V__Kingissepa_nim__kolhoos, lk 33
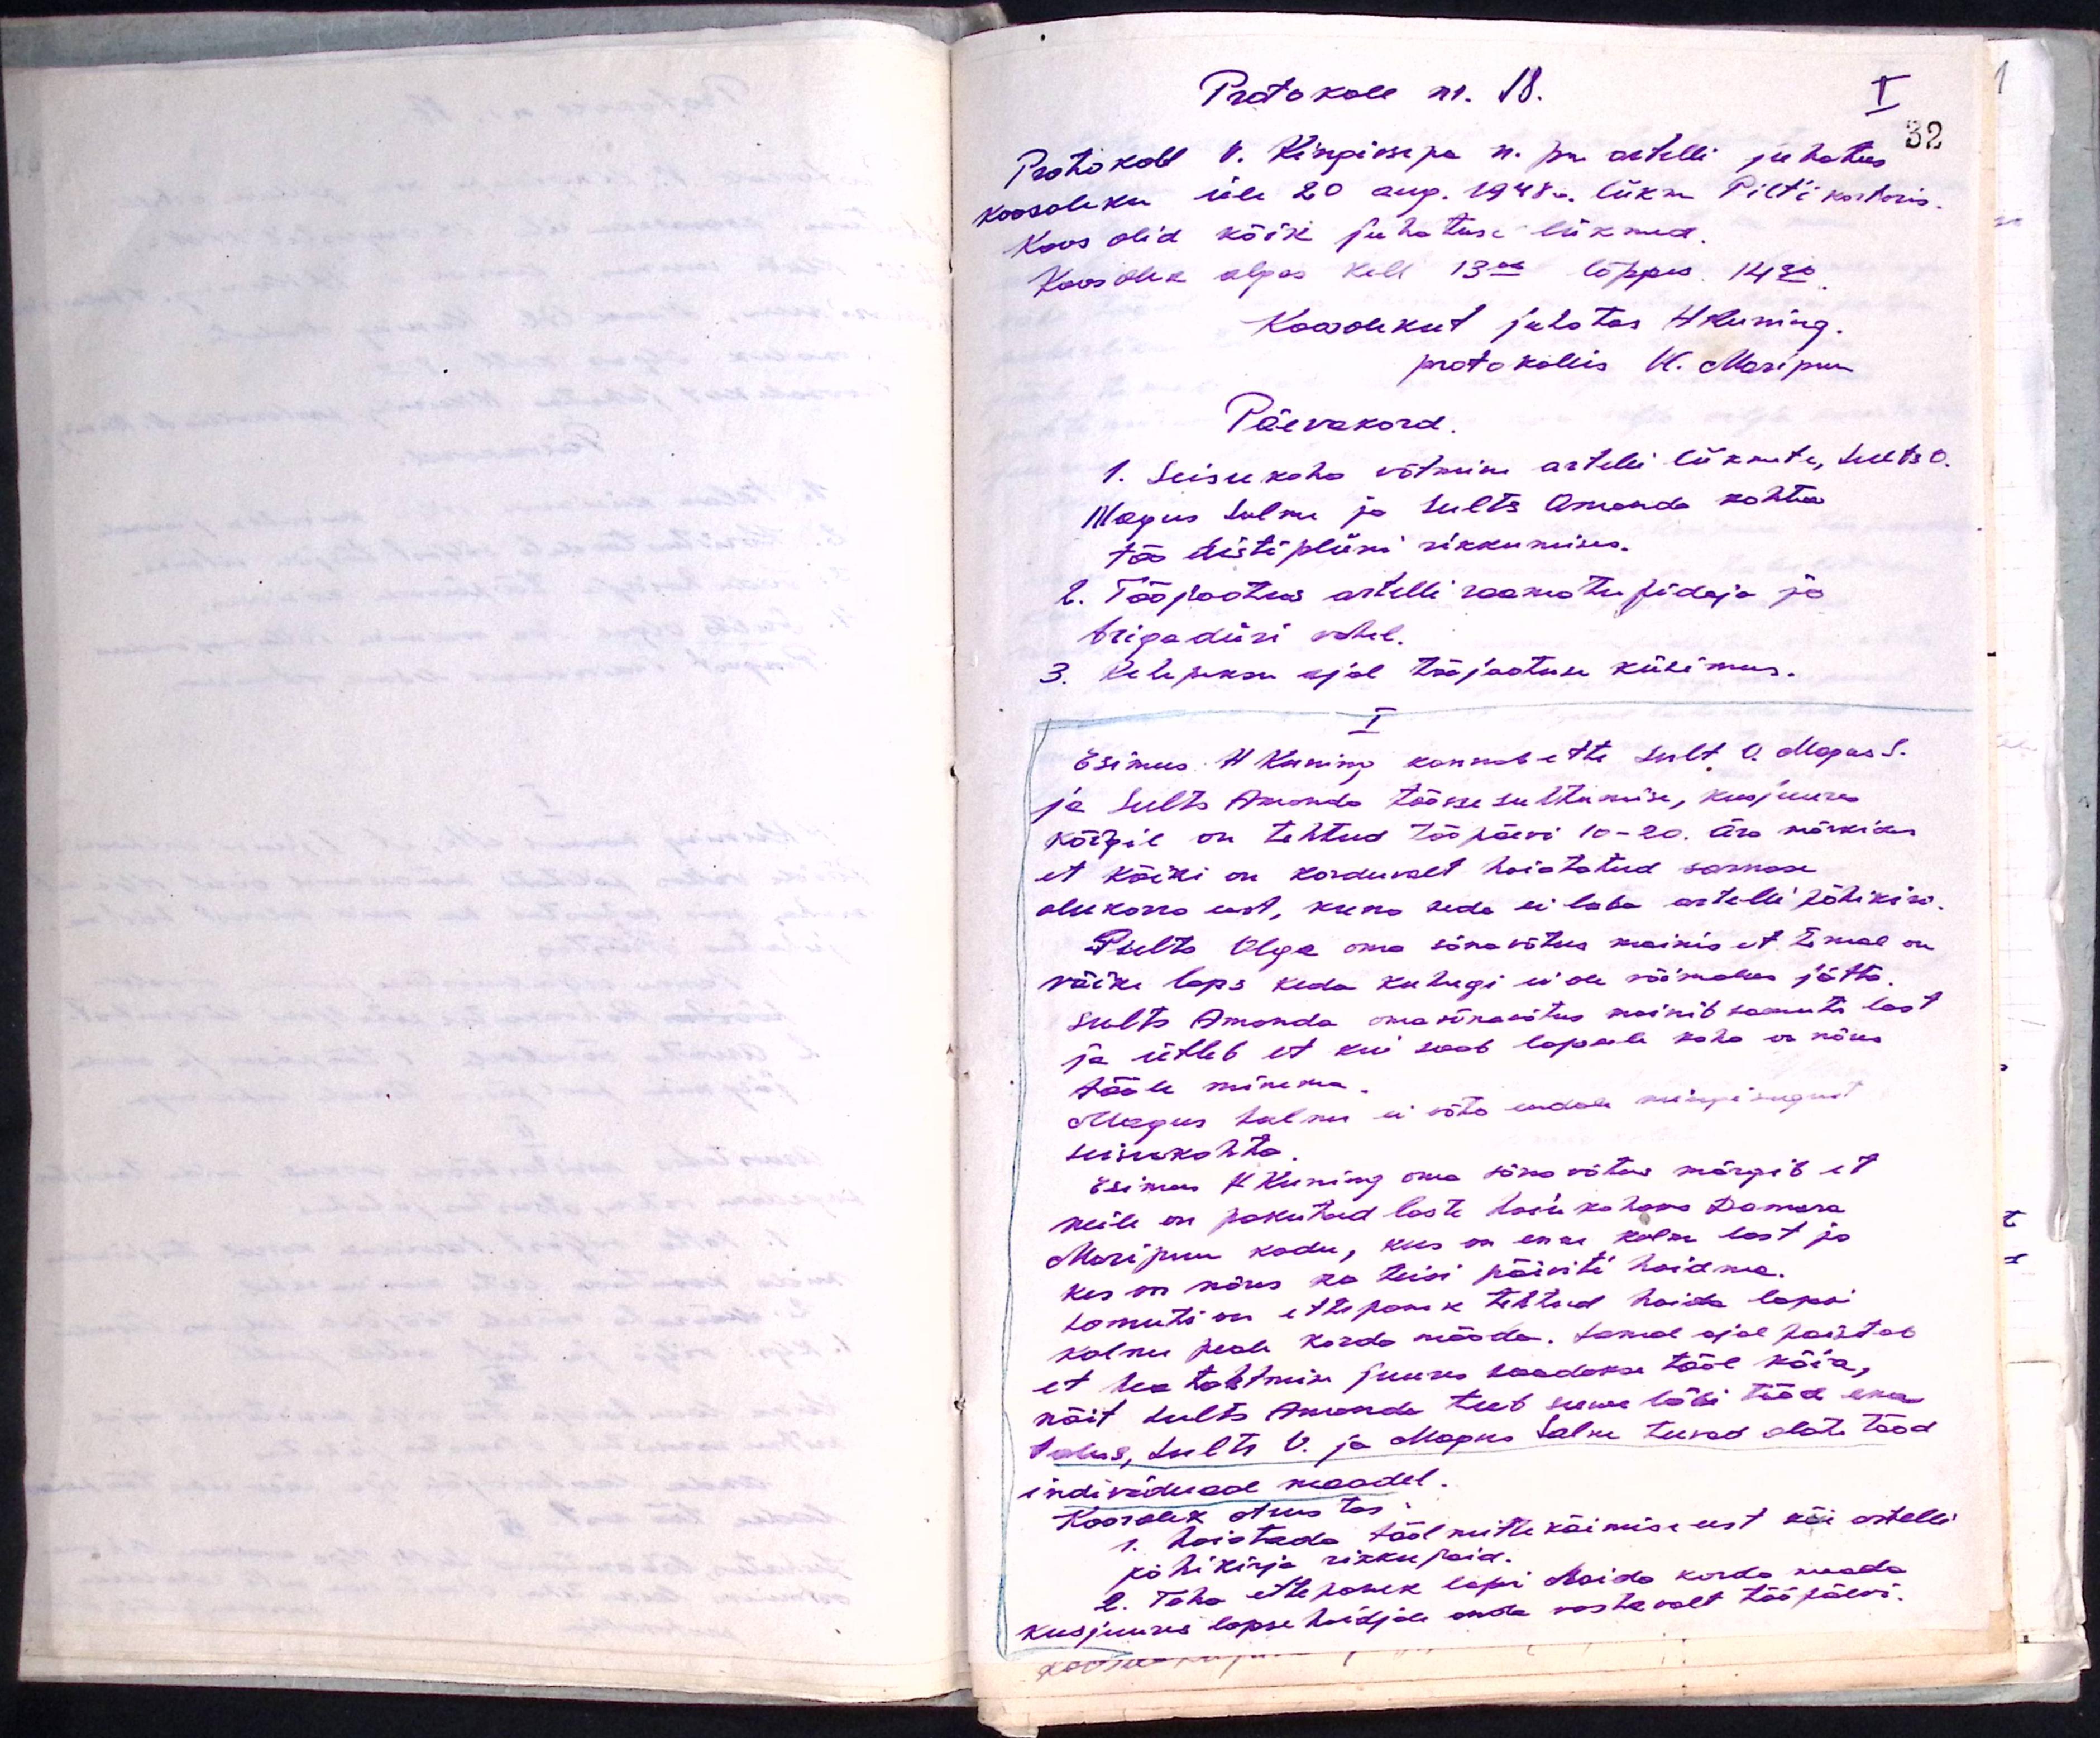
Protokoll nr. 18.
I
Protokoll V. Kingissepa n. pm. artelli juhatus
koosoleku üle 20 aug. 1948a. liikme Pilt'i korteris
Koos olid kõik juhatuse liikmed.
Koosolek algas kell 13.00 lõppes 14.30
Koosolekut juhatas H Kuning.
protokollis Vl. Maripuu
Päevakord
1. Seisukoha võtmine artelli liikmete, Sults O.
Magus Salme ja Sults Amanda kohta
töö rikkumises.
2. Tööjaotus artelli raamatupidaja ja
brigadiiri vahel.
3. Rehepeksu ajal tööjaotuse küsimus.
I
Esimees H. Kuning kannab ette Sult O. Magus S.
ja Sults Amanda töösse suhtumise, kusjuures
kõigil on tehtud tööpäevi 10-20. Ära märkides
et kõiki on korduvalt hoiatatud sarnase
olukorra eest, kuna seda ei luba artelli põhikiri
Sults Olga oma sõnavõtus mainis et temal on
väike laps keda kuhugi ei ole võimalus jätta.
Sults Amanda oma sõnavõtus mainib samuti last
ja ütleb et kui saab lapsele koha on nõus
tööle minema
Magus Salme ei võta endale mingisugust
seisukohta
Esimees H. Kuning oma sõnavõtus märgib et
neile on pakutud lastehoiu kohaks Damara
Maripuu kodu, kus on enne kolm last ja
kes on nõus ka teisi päiviti hoidma.
Samuti on ettepanek tehtud hoida lapsi
kolme peale korda mööda. Samal ajal paistab
et hea tahtmise juures saadakse tööl käia,
näit Sults Amanda teeb suwe läbi tööd ema
talus, Sults V. ja Magus Salme teevad alati tööd
individuaal maadel
Koosolek otsustas:
1. Hoiatada tööl mitte käimise eest kõi artelli
põhikirja rikkujaid.
2. Tehe ettepanek lapsi hoida korda saada
kusjuures lapse hoidjale anda vastavalt tööpäevi.